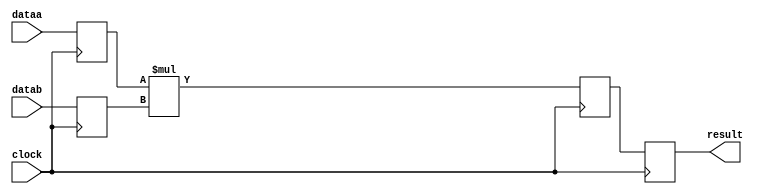
//lpm_mult CBX_DECLARE_ALL_CONNECTED_PORTS="OFF" DEDICATED_MULTIPLIER_CIRCUITRY="AUTO" DEVICE_FAMILY="Cyclone V" DSP_BLOCK_BALANCING="Auto" LPM_PIPELINE=3 LPM_REPRESENTATION="UNSIGNED" LPM_WIDTHA=25 LPM_WIDTHB=13 LPM_WIDTHP=38 clock dataa datab result CARRY_CHAIN="MANUAL" CARRY_CHAIN_LENGTH=48
//VERSION_BEGIN 18.1 cbx_cycloneii 2018:09:12:13:04:09:SJ cbx_lpm_add_sub 2018:09:12:13:04:09:SJ cbx_lpm_mult 2018:09:12:13:04:09:SJ cbx_mgl 2018:09:12:14:15:07:SJ cbx_nadder 2018:09:12:13:04:09:SJ cbx_padd 2018:09:12:13:04:09:SJ cbx_stratix 2018:09:12:13:04:09:SJ cbx_stratixii 2018:09:12:13:04:09:SJ cbx_util_mgl 2018:09:12:13:04:09:SJ  VERSION_END
// synthesis VERILOG_INPUT_VERSION VERILOG_2001
// altera message_off 10463



// Copyright (C) 2018  Intel Corporation. All rights reserved.
//  Your use of Intel Corporation's design tools, logic functions 
//  and other software and tools, and its AMPP partner logic 
//  functions, and any output files from any of the foregoing 
//  (including device programming or simulation files), and any 
//  associated documentation or information are expressly subject 
//  to the terms and conditions of the Intel Program License 
//  Subscription Agreement, the Intel Quartus Prime License Agreement,
//  the Intel FPGA IP License Agreement, or other applicable license
//  agreement, including, without limitation, that your use is for
//  the sole purpose of programming logic devices manufactured by
//  Intel and sold by Intel or its authorized distributors.  Please
//  refer to the applicable agreement for further details.



//synthesis_resources = 
//synopsys translate_off
`timescale 1 ps / 1 ps
//synopsys translate_on
module  mult_l9r
	( 
	clock,
	dataa,
	datab,
	result) /* synthesis synthesis_clearbox=1 */;
	input   clock;
	input   [24:0]  dataa;
	input   [12:0]  datab;
	output   [37:0]  result;
`ifndef ALTERA_RESERVED_QIS
// synopsys translate_off
`endif
	tri0   clock;
`ifndef ALTERA_RESERVED_QIS
// synopsys translate_on
`endif

	reg  [24:0]  dataa_input_reg;
	reg  [12:0]  datab_input_reg;
	reg  [37:0]  result_output_reg;
	reg  [37:0]  result_extra0_reg;
	wire [24:0]    dataa_wire;
	wire [12:0]    datab_wire;
	wire [37:0]    result_wire;


	// synopsys translate_off
	initial
		dataa_input_reg = 0;
	// synopsys translate_on
	always @(posedge clock)
		dataa_input_reg <= dataa;
	// synopsys translate_off
	initial
		datab_input_reg = 0;
	// synopsys translate_on
	always @(posedge clock)
		datab_input_reg <= datab;
	// synopsys translate_off
	initial
		result_output_reg = 0;
	// synopsys translate_on
	always @(posedge clock)
		result_output_reg <= result_extra0_reg;
	// synopsys translate_off
	initial
		result_extra0_reg = 0;
	// synopsys translate_on
	always @(posedge clock)
		result_extra0_reg <= result_wire[37:0];

	assign dataa_wire = dataa_input_reg;
	assign datab_wire = datab_input_reg;
	assign result_wire = dataa_wire * datab_wire;
	assign result = ({result_output_reg});

endmodule //mult_l9r
//VALID FILE